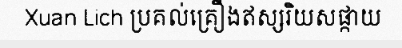
Xuan Lich ប្រគល់គ្រឿងឥស្សរិយសផ្កាយ